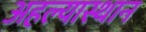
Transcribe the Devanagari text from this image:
अहल्यास्थान